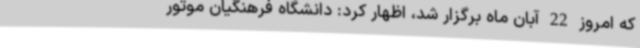
که امروز 22 آبان ماه برگزار شد، اظهار کرد: دانشگاه فرهنگیان موتور